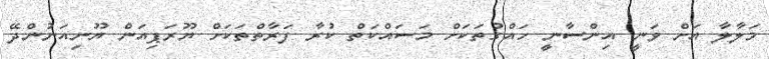
މަލާލާ އަށް ވަނީ އިންސާނީ ހައްގުތަކަށް މަސައްކަތް ކުރާ ފަރާތްތަކަށް ޔޫރަޕިއަން ޔޫނިއަނުންދޭ